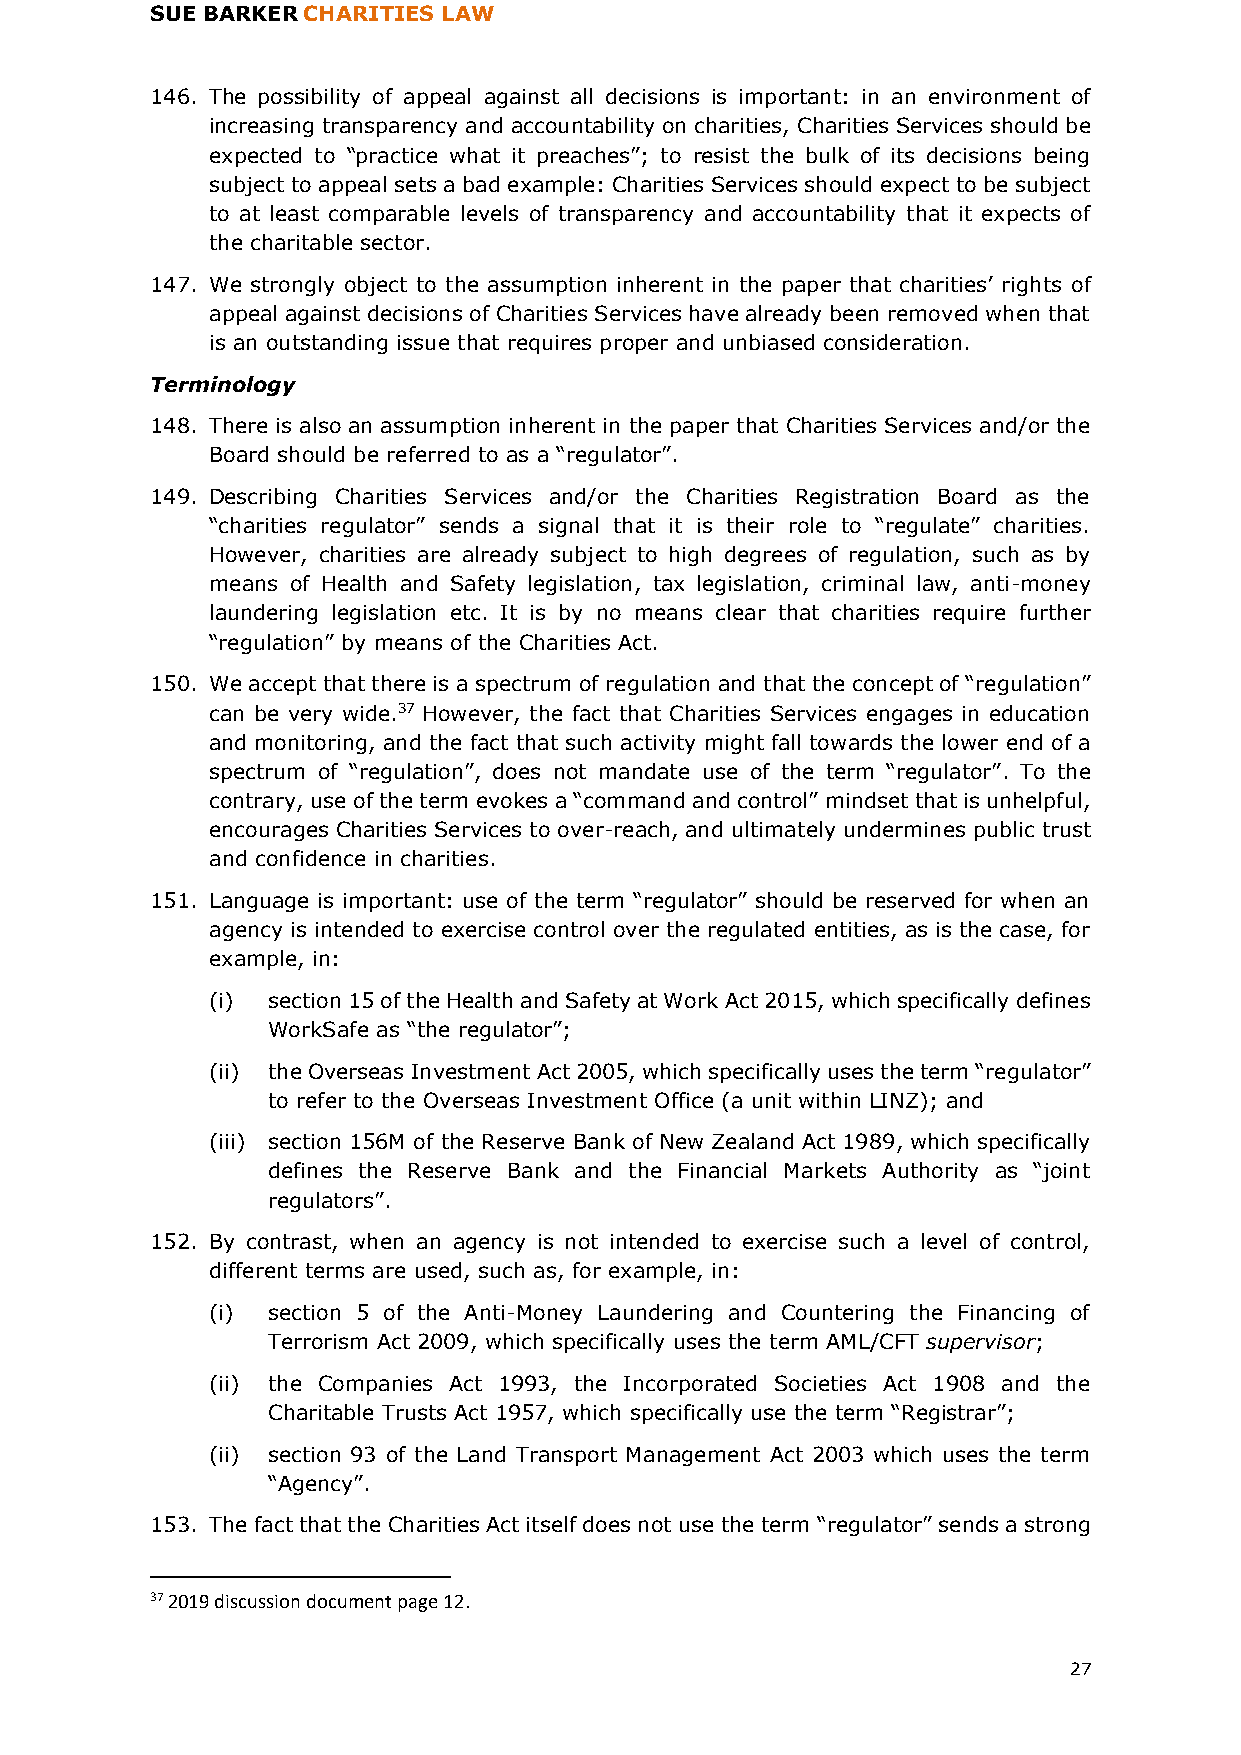
SUE BARKER CHARITIES LAW
 146. The possibility of appeal against all decisions is important: in an environment of
 increasing transparency and accountability on charities, Charities Services should be
 expected to “practice what it preaches”; to resist the bulk of its decisions being
 subject to appeal sets a bad example: Charities Services should expect to be subject
 to at least comparable levels of transparency and accountability that it expects of
 the charitable sector.
 147. We strongly object to the assumption inherent in the paper that charities’ rights of
 appeal against decisions of Charities Services have already been removed when that
 is an outstanding issue that requires proper and unbiased consideration.
 Terminology
 148. There is also an assumption inherent in the paper that Charities Services and/or the
 Board should be referred to as a “regulator”.
 149. Describing Charities Services and/or the Charities Registration Board as the
 “charities regulator” sends a signal that it is their role to “regulate” charities.
 However, charities are already subject to high degrees of regulation, such as by
 means of Health and Safety legislation, tax legislation, criminal law, anti-money
 laundering legislation etc. It is by no means clear that charities require further
 “regulation” by means of the Charities Act.
 150. We accept that there is a spectrum of regulation and that the concept of “regulation”
 can be very wide.37 However, the fact that Charities Services engages in education
 and monitoring, and the fact that such activity might fall towards the lower end of a
 spectrum of “regulation”, does not mandate use of the term “regulator”. To the
 contrary, use of the term evokes a “command and control” mindset that is unhelpful,
 encourages Charities Services to over-reach, and ultimately undermines public trust
 and confidence in charities.
 151. Language is important: use of the term “regulator” should be reserved for when an
 agency is intended to exercise control over the regulated entities, as is the case, for
 example, in:
 (i) section 15 of the Health and Safety at Work Act 2015, which specifically defines
 WorkSafe as “the regulator”;
 (ii) the Overseas Investment Act 2005, which specifically uses the term “regulator”
 to refer to the Overseas Investment Office (a unit within LINZ); and
 (iii) section 156M of the Reserve Bank of New Zealand Act 1989, which specifically
 defines the Reserve Bank and the Financial Markets Authority as “joint
 regulators”.
 152. By contrast, when an agency is not intended to exercise such a level of control,
 different terms are used, such as, for example, in:
 (i) section 5 of the Anti-Money Laundering and Countering the Financing of
 Terrorism Act 2009, which specifically uses the term AML/CFT supervisor;
 (ii) the Companies Act 1993, the Incorporated Societies Act 1908 and the
 Charitable Trusts Act 1957, which specifically use the term “Registrar”;
 (ii) section 93 of the Land Transport Management Act 2003 which uses the term
 “Agency”.
 153. The fact that the Charities Act itself does not use the term “regulator” sends a strong
 37 2019 discussion document page 12.
 27